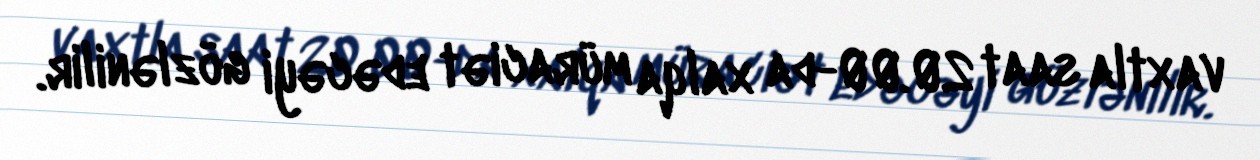
vaxtla saat 20.00-da xalqa müraciət edəcəyi gözlənilir.